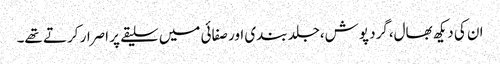
ان کی دیکھ بھال،گرد پوش،جلد بندی اور صفائی میں سلیقے پر اصرار کرتے تھے۔